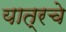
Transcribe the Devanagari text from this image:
यात्रचे